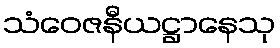
သံဝေဇနီယဋ္ဌာနေသု